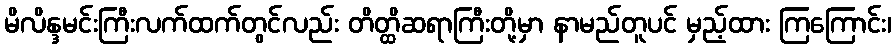
မိလိန္ဒမင်းကြီးလက်ထက်တွင်လည်း တိတ္ထိဆရာကြီးတို့မှာ နာမည်တူပင် မှည့်ထား ကြကြောင်း၊